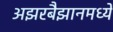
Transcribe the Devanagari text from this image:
अझरबैझानमध्ये